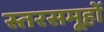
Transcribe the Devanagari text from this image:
स्तरसमूहों